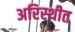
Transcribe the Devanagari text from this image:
अरिस्थीत